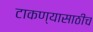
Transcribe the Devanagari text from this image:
टाकण्यासाठीच